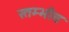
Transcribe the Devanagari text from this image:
स्तम्भीय